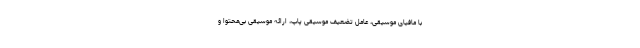
با مافیا‌ی موسیقی، عامل تضعیف موسیقی پاپ، ارائه موسیقی بی‌محتوا و